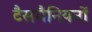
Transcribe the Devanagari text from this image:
टैसमैनियनों